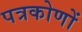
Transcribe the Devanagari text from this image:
पत्रकोणों